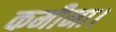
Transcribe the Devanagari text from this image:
कमीना।